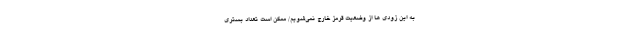
به این زودی ‌ها از وضعیت قرمز خارج نمی‌شویم/ ممکن است تعداد بستری